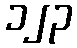
၁၂၃